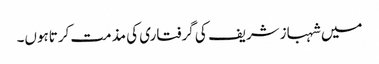
میں شہبازشریف کی گرفتاری کی مذمت کرتاہوں۔